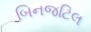
બિનજટિલ